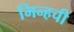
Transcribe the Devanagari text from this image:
मिन्हची